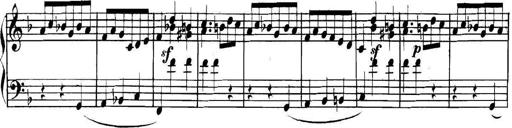
Title: Collected Piano Sonatas
Composer: Muzio Clementi